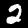
Label: 2